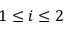
1 \le i \le 2